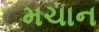
મચાન